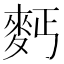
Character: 麫